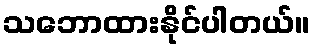
သဘောထားနိုင်ပါတယ်။